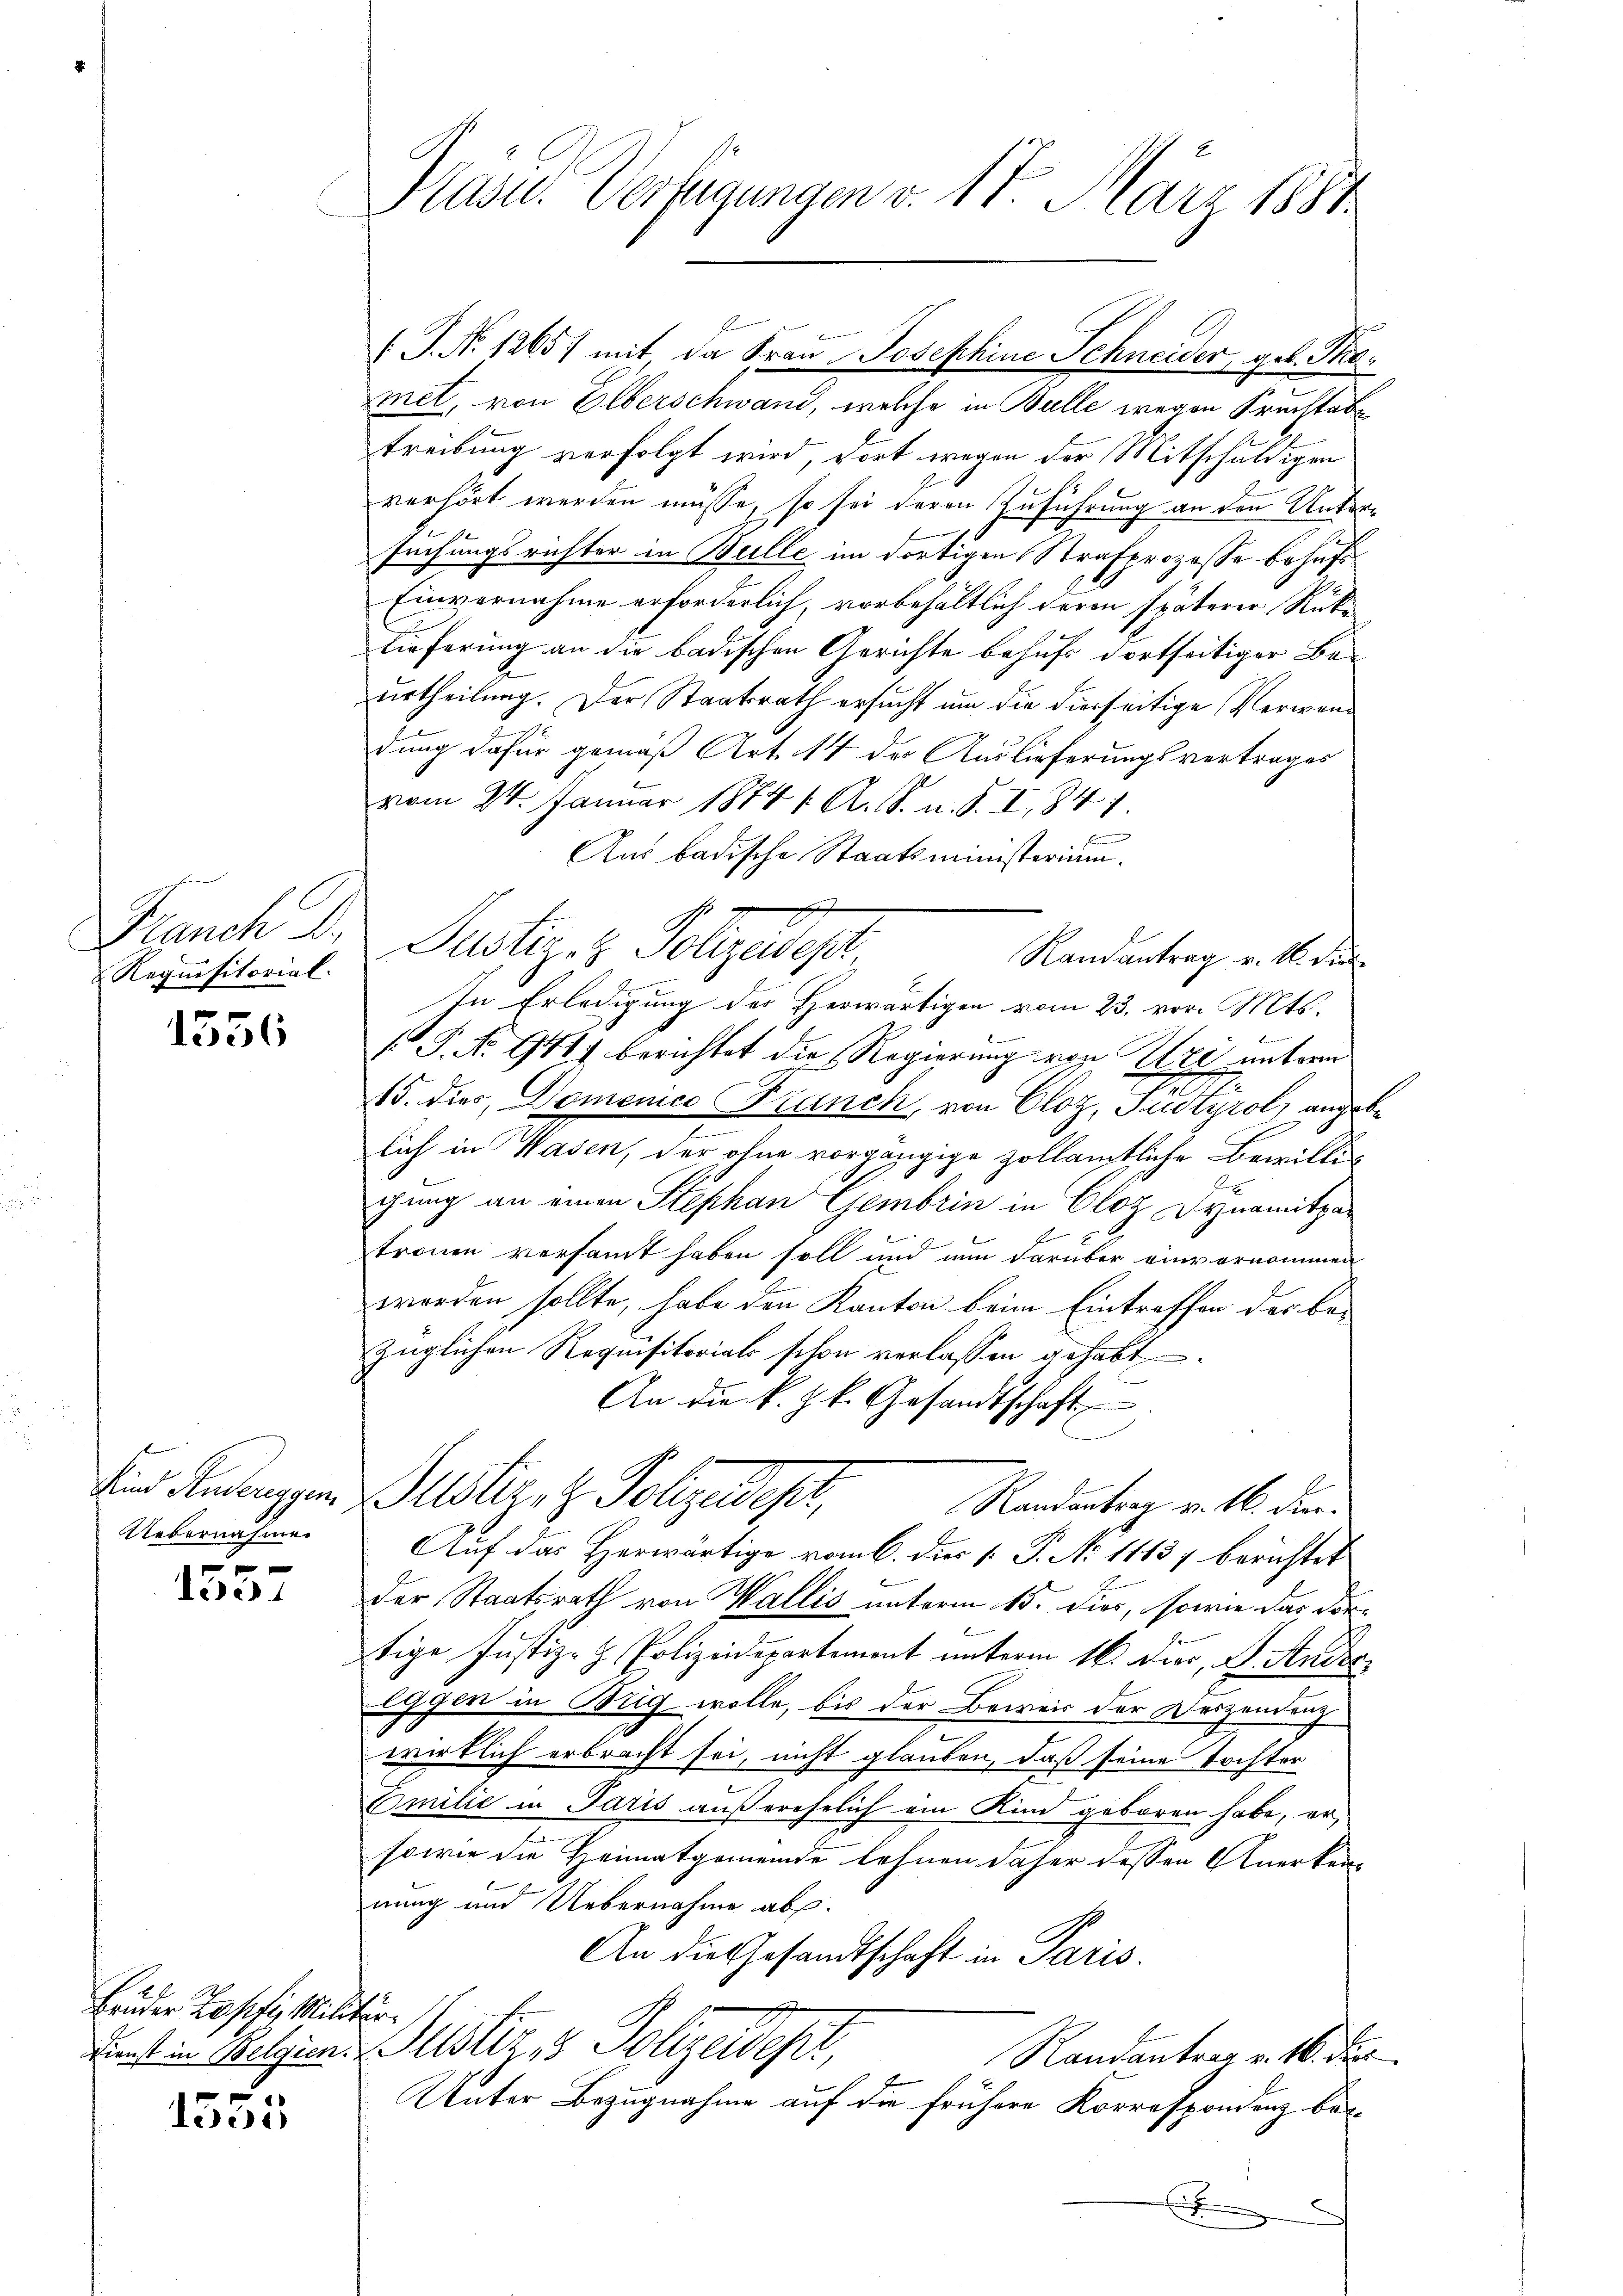
e
Requisitorial

1556

Uebernahmen

x
lee

Eruder Zapfi, Militär¬

1555

Päse. Verfügungen v. 17. März 1884

E
met, von Elberschwand, welche in Bulle wegen Fruchtab
treibung verfolgt wird, dort wegen der Mitschuldigen
verhört werden müsse, so sei deren Zuführung an den Untersuchungsrichter in Bulle im dortigen Strafprozesse behufs¬
Einvernahme erforderlich, vorbehältlich deren späterer Rücke
lieferung an die badischen Gerichte behufs dortseitiger Be-
urtheilung. Der Staatsrath ersucht um die diesseitige Verwendung dafür gemäß Art. 14 der Auslieferungsvertrages
vom 24. Januar 1884 1. A. S. u. S. I, 841.
Aus badische Staatsministerium.
Brauch der Justiz- & Polyede
Randantrag v. M. die
In Erledigung der Herwärtigen vom 23. vor. Mts.
 P. Nr. 941) berichtet die Regierung von Uri untern
15. dies, Domence Franch, von Cloz, Sudtyrol, angebe
lich in Wasen, der ohne vorgängige zollämtliche Bewilligung an einen Stephan Gembrin in Cloz Dynamitpa
E
tronen versammt haben soll und nun darüber einvernommen
worden sollte, habe den Kanton beim Eintreffen des bezüglichen Requisitorial schon verlassen gehabt
An die k. k. Gesandtschaft
Und Antragen Zuster, z. Polizeidest,
Randantrag v. 16. den
Auf das Herwärtige vom 6. dies [ P. No 1113, berichtet
Der Staatsrath von Wallis unterm 15. dies, sowie das dortige Justiz- & Polizeidepartement unterm 16. Dier, J. Ander
lggen in Brig wolle, bis der Beweis der Deszendung
wirklich erbracht sei, nicht glauben, daß seine Tochter
Omilie in Paris außerehelich ein Kind geboren habe, er¬
sowie die Heimatgemeinde lehnen daher dessen Anerken-
nung und Uebernahme ab.
An die Gesandtschaft in Paris.
Dunst in Belgien- Justiz & Polizeidest,
Randantrag v. 16. der
Unter Bezugnahme auf die frühere Korrespondenz be-
E

/T. No 1265/ mit da Frau Josephine Schneider, geb. Tho¬